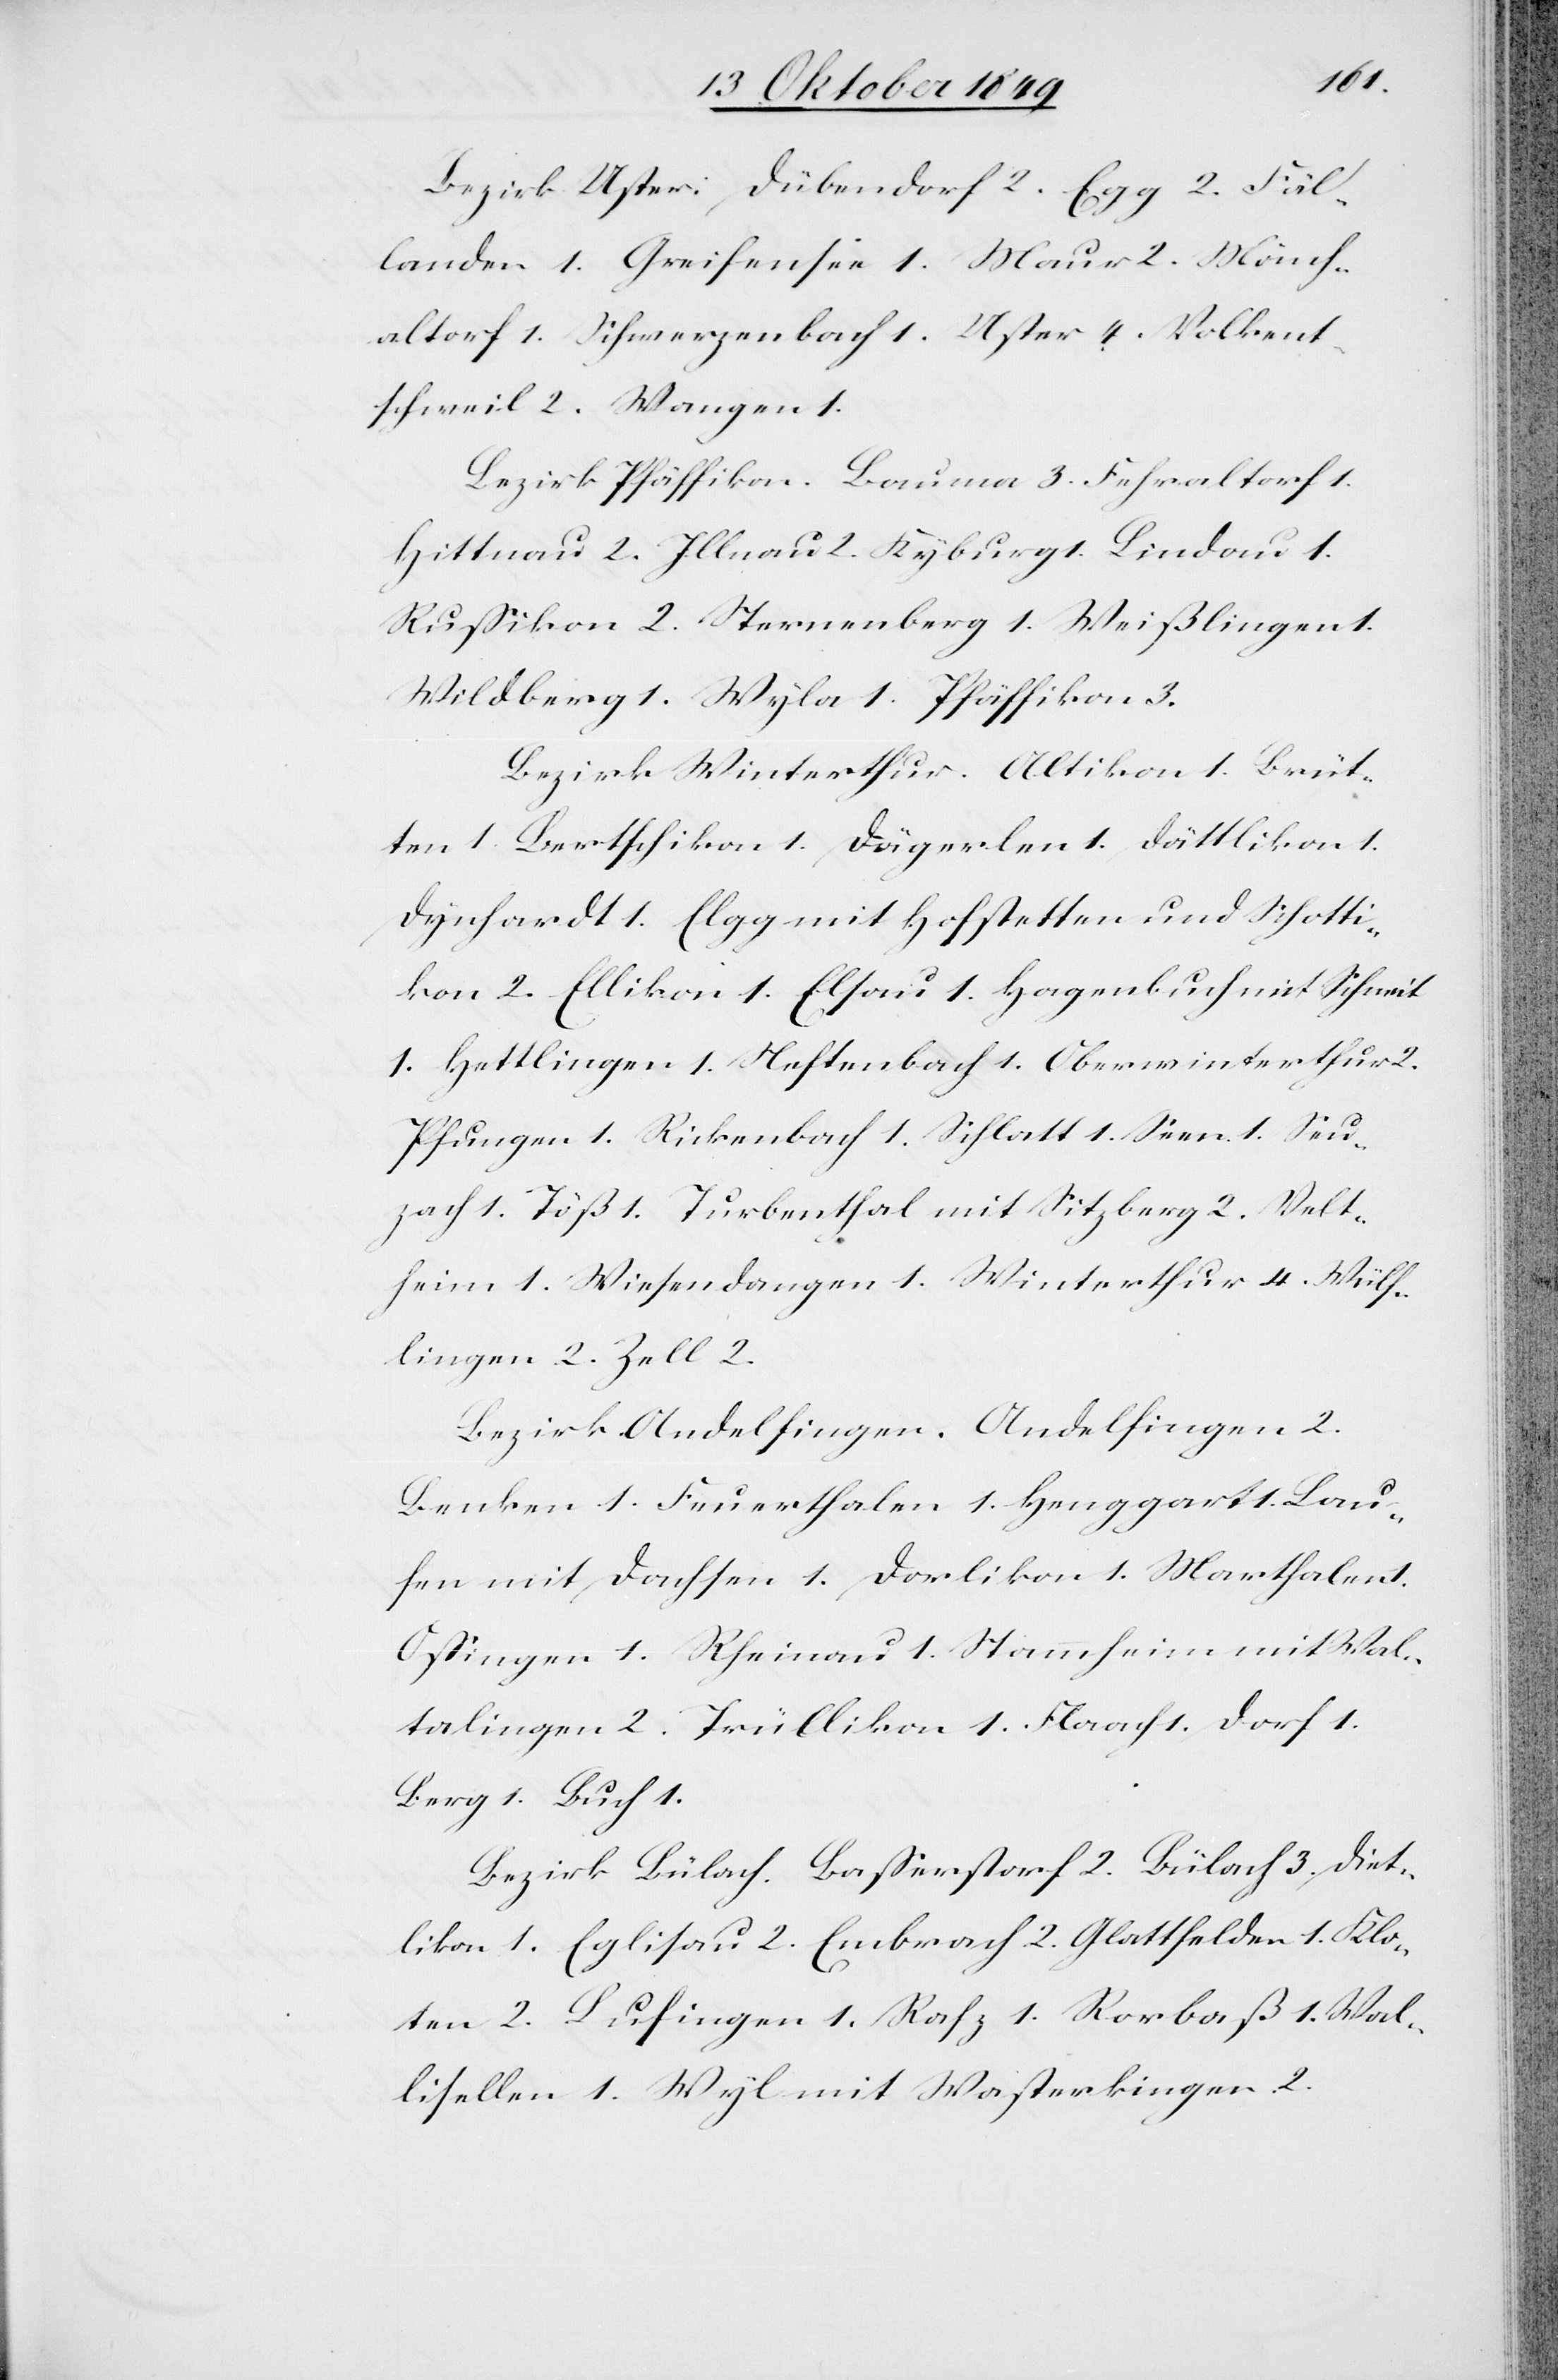
Bezirk Uster: Dübendorf 2. Egg 2. Fäl¬
landen 1. Geißensee 1. Maur 2. Mönch¬
altorf 1. Schwerzenbach 1. Uster 4. Volkent¬
schweil 2. Wangen 1.
Bezirk Pfäffikon. Bauma 3. Fehraltorf 1.
Hittnau 2. Illnau 2. Kyburg 1. Lindau 1.
Rußikon 2. Sternenberg 1. Weißlingen 1.
Wildberg 1. Wyla 1. Pfäffikon 3.
Bezirk Winterthur. Altikon 1. Brüt¬
ten 1. Bertschikon 1. Dägerlen 1. Dättlikon 1.
Dynhard 1. Elgg mit Hofstetten und Schotti¬
kon 2. Ellikon 1. Elsau 1. Hagenbuch mit Schneit
1. Hettlingen 1. Neftenbach 1. Oberwinterthur 2.
Pfungen 1. Rickenbach 1. Schlatt 1. Seen 1. Seu¬
zach 1. Töß 1. Turbenthal mit Sitzberg 2. Velt¬
heim 1. Wiesendangen 1. Winterthur 4. Wülf¬
lingen 2. Zell 2.
Bezirk Andelfingen. Andelfingen 2.
Benken 1. Feuerthalen 1. Henggart 1. Lau¬
fen mit Dachsen 1. Dorlikon 1. Marthalen 1.
Oßingen 1. Rheinau 1. Stammheim mit Wal¬
talingen 2. Trüllikon 1. Flaach 1. Dorf 1.
Berg 1. Buch 1.
Bezirk Bülach. Baßerstorf 2. Bülach 3. Diet¬
ikon 1. Eglisau 2. Embrach 2. Glattfelden 1. Klo¬
ten 2. Lufingen 1. Rafz 1. Rorbaß 1. Wal¬
lisellen 1. Wyl mit Wasterkingen 2.